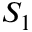
S _ { 1 }